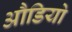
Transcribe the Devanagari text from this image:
औडियो